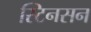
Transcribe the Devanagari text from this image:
स्टिनसन